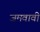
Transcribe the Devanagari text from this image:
जमवावी